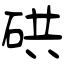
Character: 硔